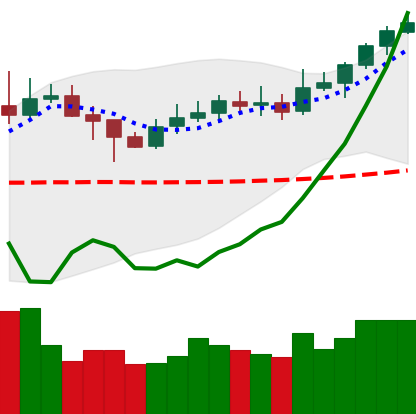
Ticker: XLM-USD
Chart end date: 2020-02-07
Forward return: 11.749%
Label: up_7plus